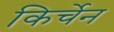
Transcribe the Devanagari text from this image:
किर्चेन